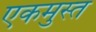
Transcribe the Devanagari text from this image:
एकमुस्त